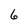
Character: 6